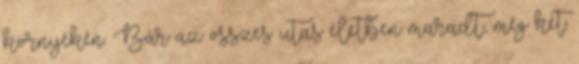
környékén. Bár az összes utas életben maradt, még két